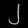
Digit: ၂